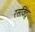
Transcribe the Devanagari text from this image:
रसविद्